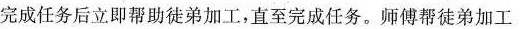
完成任务后立即帮助徒弟加工，直至完成任务。师傅帮徒弟加工